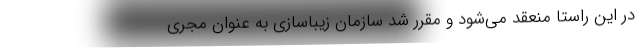
در این راستا منعقد می‌شود و مقرر شد سازمان زیباسازی به عنوان مجری